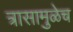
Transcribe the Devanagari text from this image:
त्रासामुळेच